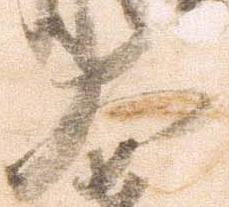
大